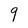
Character: 9